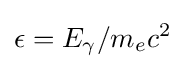
\epsilon =E_{\gamma }/m_{e}c^{2}